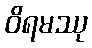
ဝိရမဿု